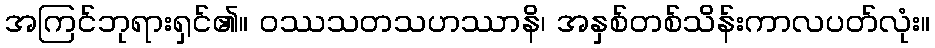
အကြင်ဘုရားရှင်၏။ ဝဿသတသဟဿာနိ၊ အနှစ်တစ်သိန်းကာလပတ်လုံး။